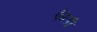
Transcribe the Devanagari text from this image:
ऐंग्ली